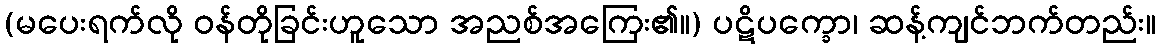
(မပေးရက်လို ဝန်တိုခြင်းဟူသော အညစ်အကြေး၏။) ပဋိပက္ခော၊ ဆန့်ကျင်ဘက်တည်း။